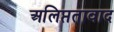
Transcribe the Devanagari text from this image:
अलिप्ततावाद